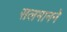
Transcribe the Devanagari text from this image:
सलमानने